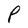
Character: P